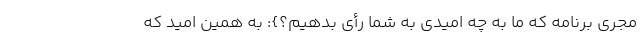
مجری برنامه که ما به چه امیدی به شما رأی بدهیم؟}: به همین امید که